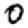
Digit: 0